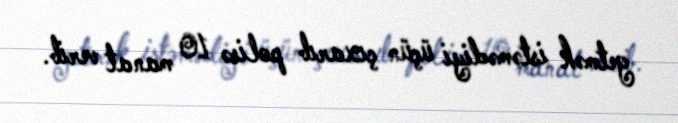
getmək istəmədiyi üçün çıxarıb polisə 10 manat verib.